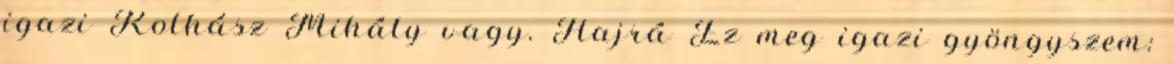
igazi Kolhász Mihály vagy. Hajrá Ez meg igazi gyöngyszem: